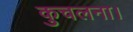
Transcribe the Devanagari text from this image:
कुचलना।